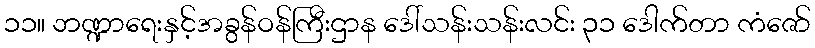
၁၁။ ဘဏ္ဍာရေးနှင့်အခွန်ဝန်ကြီးဌာန ဒေါ်သန်းသန်းလင်း ၃၁ ဒေါက်တာ ကံဇော်